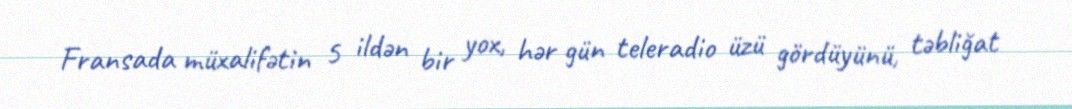
Fransada müxalifətin 5 ildən bir yox, hər gün teleradio üzü gördüyünü, təbliğat